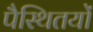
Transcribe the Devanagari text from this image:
पैस्थितयों